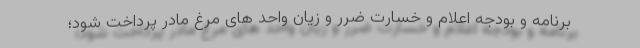
برنامه و بودجه اعلام و خسارت ضرر و زیان واحد های مرغ مادر پرداخت شود؛